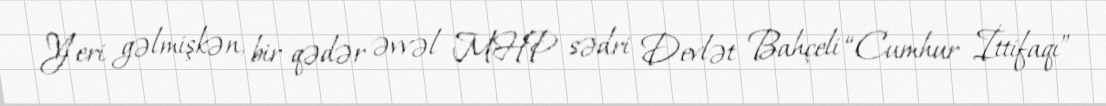
Yeri gəlmişkən, bir qədər əvvəl MHP sədri Devlət Bahçeli “Cumhur İttifaqı”